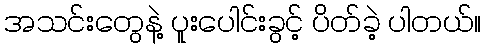
အသင်းတွေနဲ့ ပူးပေါင်းခွင့် ပိတ်ခဲ့ ပါတယ်။